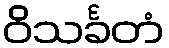
ဝိသင်္ခတံ